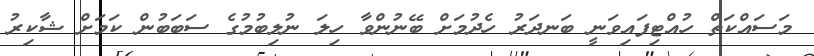
މަސައްކަތް ހުއްޓިފައިވަނީ ބަނދަރު ހެދުމަށް ބޭނުންވާ ހިލަ ނުލިބުމުގެ ސަބަބުން ކަމަށް ޝާކިރު